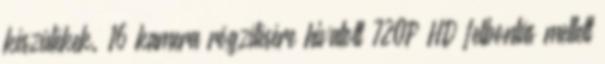
készülékek. 16 kamera rögzítésére hivatott 720P HD felbontás mellett